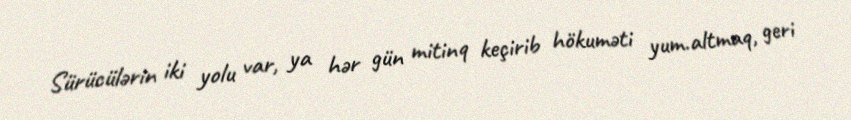
Sürücülərin iki yolu var, ya hər gün mitinq keçirib hökuməti yum.altmaq, geri